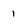
Character: 1